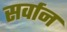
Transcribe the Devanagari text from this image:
सर्वान